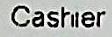
CASHIER